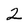
Character: 2